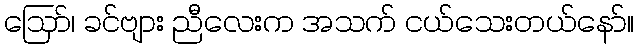
ဪ၊ ခင်ဗျား ညီလေးက အသက် ငယ်သေးတယ်နော်။